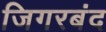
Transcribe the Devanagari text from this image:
जिगरबंद